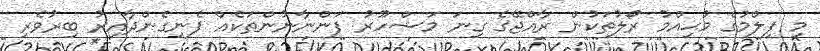
މި ފިލްމުގެ މުޙިއްމު ރޯލުތަކުން ރާއްޖޭގެ ގިނަ މަޝްހޫރު ފަންނާނުންތަކެއް ފެނިގެންދާއިރު ބިރުވެރި